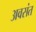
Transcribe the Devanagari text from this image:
अवसंत